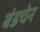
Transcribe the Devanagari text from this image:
बंडचेन